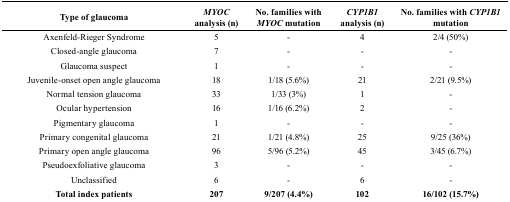
| Type of glaucoma | MYOC analysis (n) | No. families with MYOC mutation | CYP1B1 analysis (n) | No. families with CYP1B1 mutation |
 | --- | --- | --- | --- | --- |
 | Axenfeld-Rieger Syndrome | 5 | - | 4 | 2/4 (50%) |
 | Closed-angle glaucoma | 7 | - | - | - |
 | Glaucoma suspect | 1 | - | - | - |
 | Juvenile-onset open angle glaucoma | 18 | 1/18 (5.6%) | 21 | 2/21 (9.5%) |
 | Normal tension glaucoma | 33 | 1/33 (3%) | 1 | - |
 | Ocular hypertension | 16 | 1/16 (6.2%) | 2 | - |
 | Pigmentary glaucoma | 1 | - | - | - |
 | Primary congenital glaucoma | 21 | 1/21 (4.8%) | 25 | 9/25 (36%) |
 | Primary open angle glaucoma | 96 | 5/96 (5.2%) | 45 | 3/45 (6.7%) |
 | Pseudoexfoliative glaucoma | 3 | - | - | - |
 | Unclassified | 6 | - | 6 | - |
 | Total index patients | 207 | 9/207 (4.4%) | 102 | 16/102 (15.7%) |